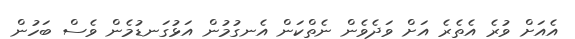
އެއަށް ވުރެ އެތެރެ އަށް ވަދެވެން ނެތްކަން އެނގުމުން އަޅުގަނޑުމެން ވެސް ބަހުން